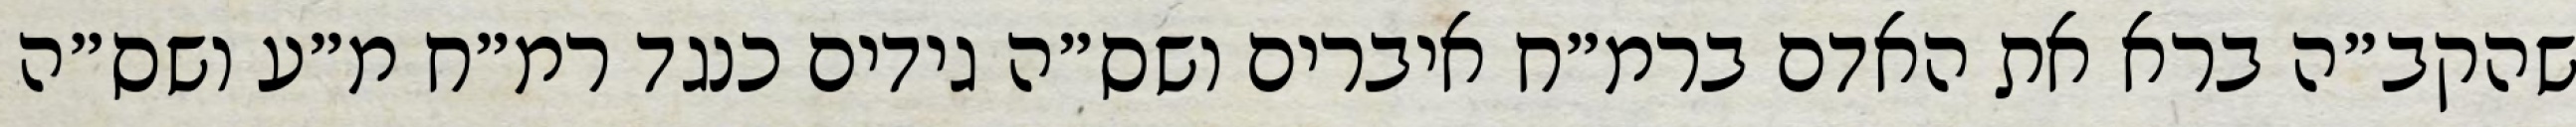
שהקב״ה ברא את האדם ברמ״ח איברים ושס״ה גידים כנגד רמ״ח מ״ע ושס״ה